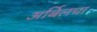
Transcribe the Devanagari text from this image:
अर्बिलचा